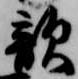
敵